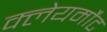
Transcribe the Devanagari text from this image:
क्लेयर्मोंट